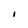
Character: I